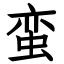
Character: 蛮